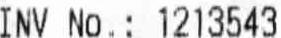
INV NO. : 1213543